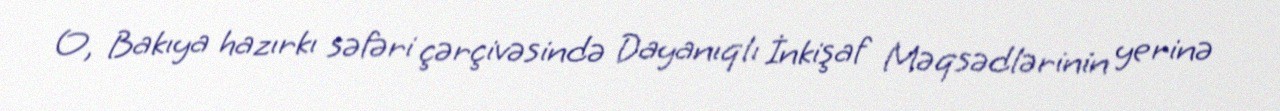
O, Bakıya hazırkı səfəri çərçivəsində Dayanıqlı İnkişaf Məqsədlərinin yerinə